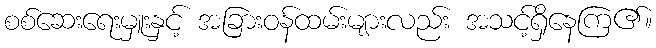
စစ်ဆေးရေးမှူးနှင့် အခြားဝန်ထမ်းများလည်း အသင့်ရှိနေကြ၏။